Civil Veterinary Dept. Bombay admin report 1907-1913 - 1907-1913
Year: 1907
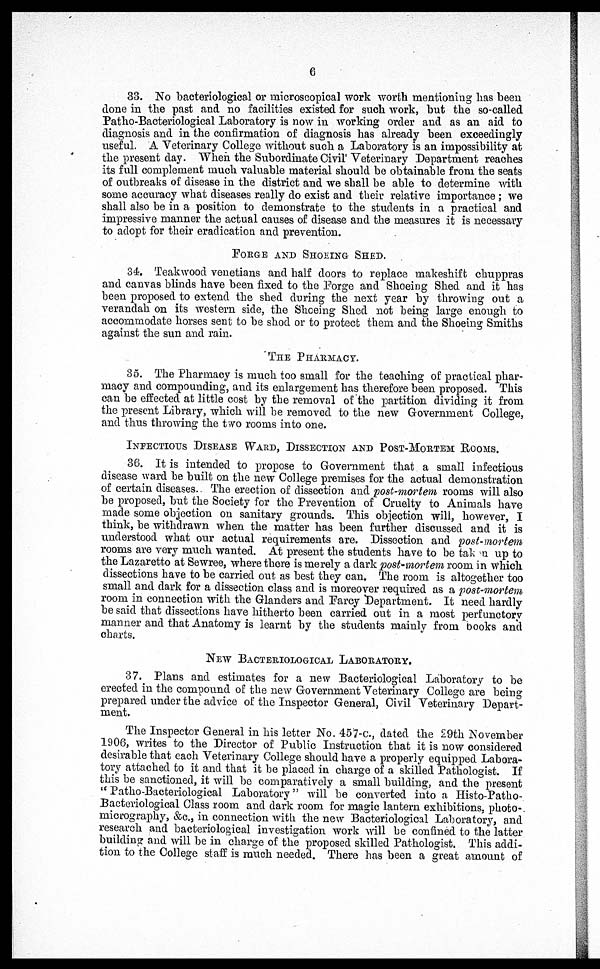
6
33. No bacteriological or microscopical work worth mentioning has been
done in the past and no facilities existed for such work, but the so-called
Patho-Bacteriological Laboratory is now in working order and as an aid to
diagnosis and in the confirmation of diagnosis has already been exceedingly
useful. A Veterinary College without such a Laboratory is an impossibility at
the present day. When the Subordinate Civil Veterinary Department reaches
its full complement much valuable material should be obtainable from the seats
of outbreaks of disease in the district and we shall be able to determine with
some accuracy what diseases really do exist and their relative importance; we
shall also be in a position to demonstrate to the students in a practical and
impressive manner the actual causes of disease and the measures it is necessary
to adopt for their eradication and prevention.
FORGE AND SHOEING SHED.
34. Teakwood Venetians and half doors to replace makeshift chuppras
and canvas blinds have been fixed to the Forge and Shoeing Shed and it has
been proposed to extend the shed during the next year by throwing out a
verandah on its western side, the Shoeing Shed not being large enough to
accommodate horses sent to be shod or to protect them and the Shoeing Smiths
against the sun and rain.
THE PHARMACY.
35. The Pharmacy is much too small for the teaching of practical phar-
macy and compounding, and its enlargement has therefore been proposed. This
can be effected at little cost by the removal of the partition dividing it from
the present Library, which will be removed to the new Government College,
and thus throwing the two rooms into one.
INFECTIOUS DISEASE WARD, DISSECTION AND POST-MORTEM ROOMS.
36. It is intended to propose to Government that a small infectious
disease ward be built on the new College premises for the actual demonstration
of certain diseases. The erection of dissection and post-mortem rooms will also
be proposed, but the Society for the Prevention of Cruelty to Animals have
made some objection on sanitary grounds. This objection will, however, I
think, be withdrawn when the matter has been further discussed and it is
understood what our actual requirements are. Dissection and post-mortem
rooms are very much wanted. At present the students have to be taken up to
the Lazaretto at Sewree, where there is merely a dark post-mortem room in which
dissections have to be carried out as best they can. The room is altogether too
small and dark for a dissection class and is moreover required as a post-mortem
room in connection with the Glanders and Farcy Department. It need hardly
be said that dissections have hitherto been carried out in a most perfunctory
manner and that Anatomy is learnt by the students mainly from books and
charts.
NEW BACTERIOLOGICAL LABORATORY.
37. Plans and estimates for a new Bacteriological Laboratory to be
erected in the compound of the new Government Veterinary College are being
prepared under the advice of the Inspector General, Civil Veterinary Depart-
ment.
The Inspector General in his letter No. 457-c., dated the 29th November
1906, writes to the Director of Public Instruction that it is now considered
desirable that each Veterinary College should have a properly equipped Labora-
tory attached to it and that it be placed in charge of a skilled Pathologist. If
this be sanctioned, it will be comparatively a small building, and the present
"Patho-Bacteriological Laboratory" will be converted into a Histo-Patho-
Bacteriological Class room and dark room for magic lantern exhibitions, photo-
micrography, &c., in connection with the new Bacteriological Laboratory, and
research and bacteriological investigation work will be confined to the latter
building and will be in charge of the proposed skilled Pathologist. This addi-
tion to the College staff is much needed. There has been a great amount of